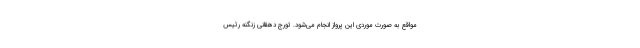
مواقع به صورت موردی این پرواز انجام می‌شود. تورج دهقانی زنگنه رئیس